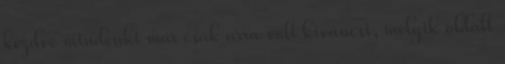
kezdve mindenki már csak arra volt kíváncsi, melyik oldalt